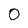
Character: 0